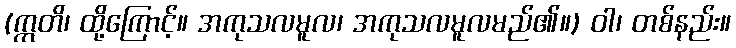
(ဣတိ၊ ထို့ကြောင့်။ အကုသလမူလ၊ အကုသလမူလမည်၏။) ဝါ၊ တစ်နည်း။